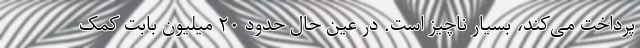
پرداخت می‌کند، بسیار ناچیز است. در عین حال حدود ۲۰ میلیون بابت کمک‌